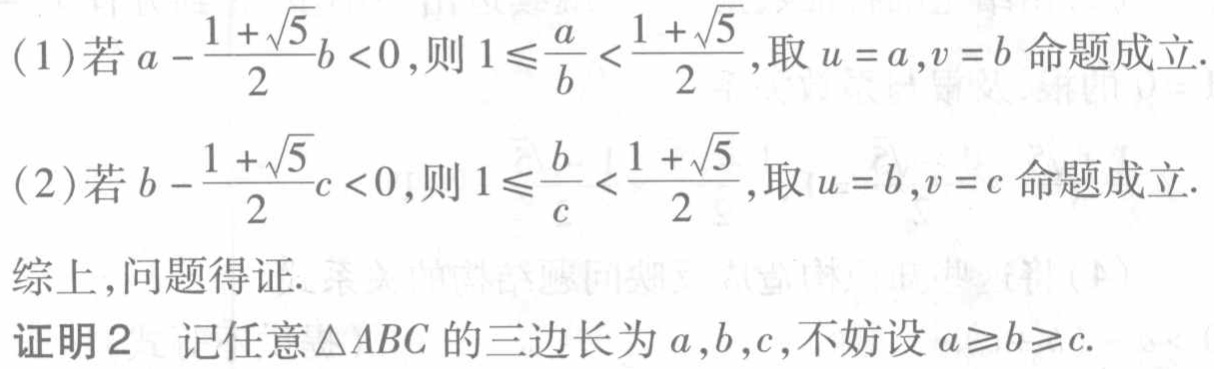
(1)若\(a - \frac{1 + \sqrt{5}}{2}b < 0\)，则\(1\leqslant\frac{a}{b} < \frac{1 + \sqrt{5}}{2}\)，取\(u = a,v = b\)命题成立.
(2)若\(b - \frac{1 + \sqrt{5}}{2}c < 0\)，则\(1\leqslant\frac{b}{c} < \frac{1 + \sqrt{5}}{2}\)，取\(u = b,v = c\)命题成立.
综上，问题得证.
证明2 记任意\(\triangle ABC\)的三边长为\(a,b,c\)，不妨设\(a\geqslant b\geqslant c\).